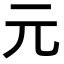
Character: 元